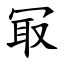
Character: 冣